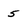
Character: 5